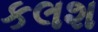
કલશ